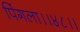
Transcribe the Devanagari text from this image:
पिंगला।।४८।।